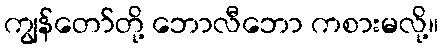
ကျွန်တော်တို့ ဘောလီဘော ကစားမလို့။